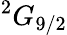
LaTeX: ^2G_{9/2}